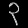
Digit: ၃